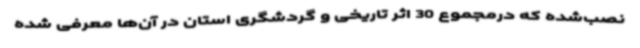
نصب‌شده که درمجموع 30 اثر تاریخی و گردشگری استان در آن‌ها معرفی ‌شده